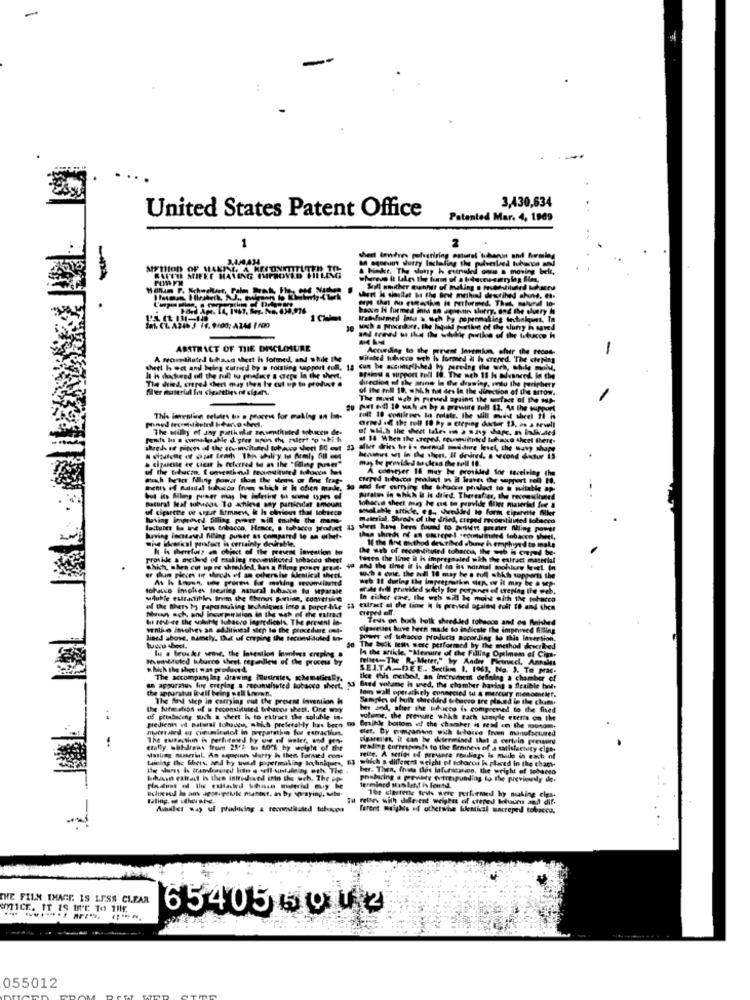
3,430,634
United States Patent Office
Patented Mar. 4, 1909
1
try Inclaling
sheetizing
Inn of
JAKIM, A MECON
MIFEE HAVE
ilund
eft i shallat be the best methal destihed ah
Iras-farmerl Inda & wich by popermaking techniqueet
ting Irbolumt. In
of the sluty is saved
--
ABSTRACT OF THE DISCLOSURE
Acturdiag to the priest Inemkon, chatr the recos-
hm. efter the tedon-
-
A framediluted teha.so theet h formed, and s hike IM
Milsted tuhncu weh Is formed & h crened. The ciepdes
crened. The ciepdas
theet hoot and being carried by @ rotaling support full, 14
It is shockand off the full to prefere & crepe In the wie
Tla duled, crepes sheet may then be cut up to produst .
direction of the anine In the drawing, redu the periphery
Spaind & support tull 10. The weh 11 h advanced, In the
Sler material In cigaleties of sigers.
of the mill 19, which fut des In the direction of the arrow.
The mud uab n parved apaint the vortice of the NA-
This invention cellules tu . peacew for making an in-
arred ed the roll 10 hy n cteping ductor 13, 2. a frvedli
The Milky of any parthule zeumtituted tobien de-
Ponte he o cumptsskie d. gter mpon the zulert to which
as 14 When the crepes, tevensittuled lohako 4hcet there-
after dries this is normal misure leset, the wany shape
Mathet wi in the von, If desired, a wcond detur 15
may te provided to clean the tell 18.
u the trhacto. [ onvestheal teounstatuted tohoos los
A compter 16 may be provided for tecelving
With bric filling power shon the stemss or fine frap-
ments of matuidi iobucco from which it in chien made,
natural Meal tolook To achieve any particular amount
lobarca sheet may be os to provide Glies material
jurates in which it is drieg. Thereafter,
of cigarttle oe sigur kurmaen, & h chriou that lobnece
valable attkle, eg ., wedded to form ciperette Mkt
having improved Billing power will enable the mhans-
material, Shreds of the dried, crepod reconstituted lolaced
lactules ha ine lem tobacco, Hence, @ tobacco product
15 then kan bero fuund to alert premier Maling pose!
whe dealkal profect is certainly desirable.
having increased filling power as compared to an ochiet+
11 th And esothod described abuse is emphiye d to make
It is theretues an object of the prevent invention to
the web of reconstituted toharca, the -b
provide a meilend of making recvenitused tobacco sheet
tutto the linse il is impregnated wich the extract material
which, shen cut up we shielded, Mesa filog power gte-
-
and the time it is dried to ins normal
As h Lonn. w pomms &s making cenamiliated
Heb It during the impregnutkn der, we it may be a se
tohatco involves treaties natural tubasco tu Iparale
#4 fell provided solely for purpines el creping the
I CTENAD
wAuhle extractihkes from the theus prisn, comtrue
In either ce, Ilu web sal te moist with the
and the Bhers ho papermaking techniques into a poper bike ta extract of the tinwe 4 hs prevsed against full 18 and then
Mun ach, and incarpirMion in the weh of the mind
In resberg the salute tobacco lagredicals, The present in-
Tess on buch bulk shredded tobacco and ou Maished
vents o involves an additional step to the procedure ont.
ipaveltes huve been made to indicate the improved Alling
lined above, namely, that of croping the seconstituted toy
power of tobacco products according to this laversion.
In a brouker sete, the Inteellos Involves crepiog a
The buck tests were performed by the method described
la the article. "Measure of the Filling Optimem of Cima-
Beveilituted hducco theet tegenles of the process by
felles-The R. Meter," by Andre Phinncl, Annales
Mih the thect was produced
SEITA-DEE .. Section 1. 1965, Na. ). To prac-
The accompany ing drawing Musirates, schematics
the this method, an intrument deffnine a chamber of
the apparatus inelf being wall Lowan.
an apparatus for creping a rupunlisted tobacco short. .
13 Baed whame is wied, the chamber having a flexible hol.
lom wall optrathely connected to & mercury monoetirr,
The Bird step in carrying out the present invention H
Samples of hult shedded tobacco tre placed in the chams.
the futmotion of a beconsiilinted brihacca shett. One way
her and, after the situaces is comprened to the fixed
df petabacony wuch a sheet is to ritruct the soluble in.
volume, the prevue which tach toale esetts on the
predienis ed Batoral Ichaccu, which preferably has been
matreated as cunumlaute in preparathin for eatraclient.
m Brathe bottom of the chamber is read in the mosom.
elet, By gumpanton with lilacse frem manufactured
cigaretlet, it can be determined that a certain pressure
etally wahdraus from 25'1 . 602. hy weight of the
reading currepeints to the Birminew of a satisfactory class
taining the Ghets, zed by wed pipermaking bochniques, #3
Mailing muserial. An espouus surry is then formed cons
mile. A stics e4 prestere readings is made in each nl
which s different weight of tohoros ho placed in the cham-
havean extract is then interdeved into the wch, The op
praharing a penate trimpunding to the previewidy do.
termined shas Lent is found.
Taling, of schel ars.
rates with dile ent weights of crepes biuum and dif.
16e cipatente tris were performed hy making cips.
farers weights of othersthe bilentival macreped tobacco.
..
THE FILM IMAGE IS LESS CLEAR
COTICE. IT IS DUE TO THE
6540559⑈2
055012